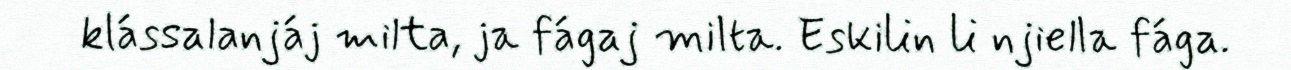
klássalanjáj milta, ja fágaj milta. Eskilin li njiella fága.